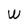
Character: W